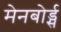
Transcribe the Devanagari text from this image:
मेनबोर्ड्स